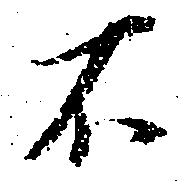
不